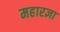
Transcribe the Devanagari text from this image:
महारज्ञा